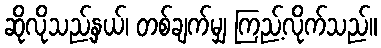
ဆိုလိုသည့်နှယ်၊ တစ်ချက်မျှ ကြည့်လိုက်သည်။